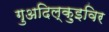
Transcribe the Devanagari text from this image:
गुअदिल्क़ुइविर